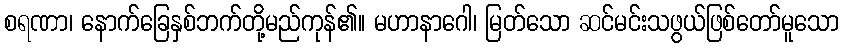
စရဏာ၊ နောက်ခြေနှစ်ဘက်တို့မည်ကုန်၏။ မဟာနာဂေါ၊ မြတ်သော ဆင်မင်းသဖွယ်ဖြစ်တော်မူသော